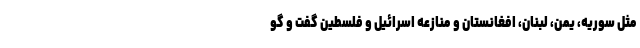
مثل سوریه، یمن، لبنان، افغانستان و منازعه اسرائیل و فلسطین گفت و گو